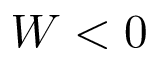
W < 0